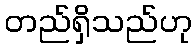
တည်ရှိသည်ဟု